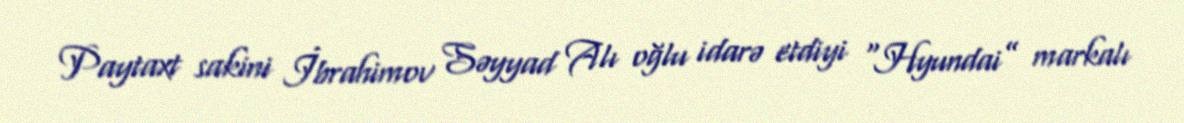
Paytaxt sakini İbrahimov Səyyad Alı oğlu idarə etdiyi “Hyundai” markalı